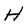
Character: H